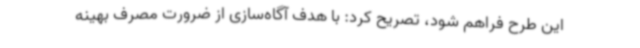
این طرح فراهم شود، تصریح کرد: با هدف آگاه‌سازی از ضرورت مصرف بهینه